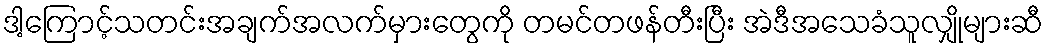
ဒါ့ကြောင့်သတင်းအချက်အလက်မှားတွေကို တမင်တဖန်တီးပြီး အဲဒီအသေခံသူလျှိုများဆီ